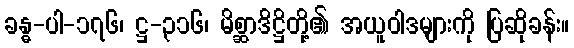
ခန္ဓ-ပါ-၁၇၆၊ ဋ္ဌ-၃၁၆၊ မိစ္ဆာဒိဋ္ဌိတို့၏ အယူဝါဒများကို ပြဆိုခန်း။